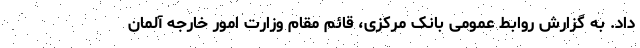
داد. به گزارش روابط عمومی بانک مرکزی، قائم مقام وزارت امور خارجه آلمان